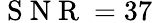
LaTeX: \mathrm{~S~N~R~}=37